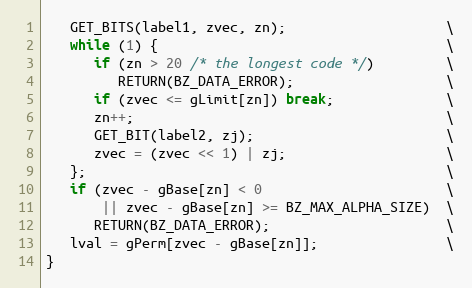
Language: C
   GET_BITS(label1, zvec, zn);                    \
   while (1) {                                    \
      if (zn > 20 /* the longest code */)         \
         RETURN(BZ_DATA_ERROR);                   \
      if (zvec <= gLimit[zn]) break;              \
      zn++;                                       \
      GET_BIT(label2, zj);                        \
      zvec = (zvec << 1) | zj;                    \
   };                                             \
   if (zvec - gBase[zn] < 0                       \
       || zvec - gBase[zn] >= BZ_MAX_ALPHA_SIZE)  \
      RETURN(BZ_DATA_ERROR);                      \
   lval = gPerm[zvec - gBase[zn]];                \
}